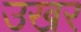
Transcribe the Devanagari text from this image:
उखर